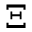
\Xi